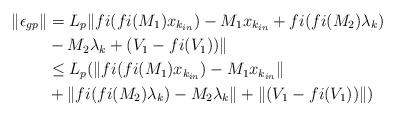
LaTeX: \begin{align*}\|\epsilon_{gp}\| &= L_p\|fi(fi(M_1)x_{k_{in}}) - M_1x_{k_{in}} + fi(fi(M_2)\lambda_k) \\ &- M_2\lambda_k + (V_1 - fi(V_1))\| \\& \leq L_p(\|fi(fi(M_1)x_{k_{in}}) - M_1x_{k_{in}}\| \\ &+ \|fi(fi(M_2)\lambda_k) - M_2\lambda_k\| + \|(V_1 - fi(V_1))\|) \\\end{align*}